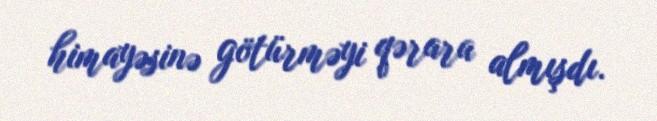
himayəsinə götürməyi qərara almışdı.